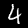
Digit: 4